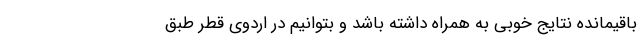
باقیمانده نتایج خوبی به همراه داشته باشد و بتوانیم در اردوی قطر طبق